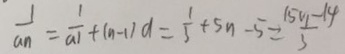
\frac { 1 } { a _ { n } } = \frac { 1 } { a _ { 1 } } - ( n - 1 ) d = \frac { 1 } { 3 } + 5 n - 5 = \frac { 1 5 n - 1 4 } { 3 }